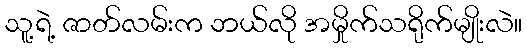
သူ့ရဲ့ ဇာတ်လမ်းက ဘယ်လို အမှိုက်သရိုက်မျိုးလဲ။